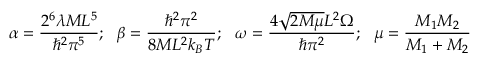
\alpha = \frac { 2 ^ { 6 } \lambda M L ^ { 5 } } { \hbar ^ { 2 } \pi ^ { 5 } } ; \ \ \beta = \frac { \hbar ^ { 2 } \pi ^ { 2 } } { 8 M L ^ { 2 } k _ { B } T } ; \ \ \omega = \frac { 4 \sqrt { 2 M \mu } L ^ { 2 } \Omega } { \hbar \pi ^ { 2 } } ; \ \ \mu = \frac { M _ { 1 } M _ { 2 } } { M _ { 1 } + M _ { 2 } }